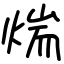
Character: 煓